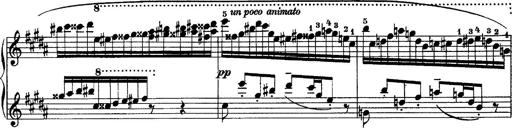
Title: Piano Sonata
Composer: Karl HÃ¤ssler
Key: C major